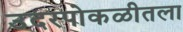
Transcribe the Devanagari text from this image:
उदरपोकळीतला